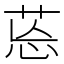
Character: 𦯌